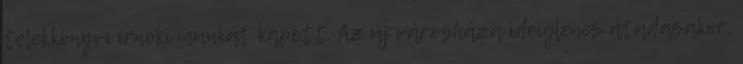
telekkönyvi írnoki munkát kapott. Az új városháza ideiglenes átadásakor,